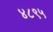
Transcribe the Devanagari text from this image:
४८९५